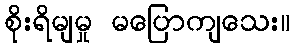
စိုးရိမျမှု မပြောကျသေး။